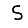
Digit: 5